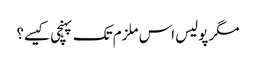
مگر پولیس اس ملزم تک پہنچی کیسے؟